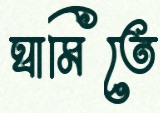
ঘামিতে